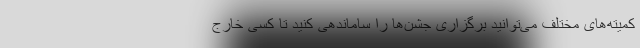
کمیته‌های مختلف می‌توانید برگزاری جشن‌ها را ساماندهی کنید تا کسی خارج